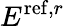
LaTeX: E^{\mathrm{ref},r}